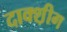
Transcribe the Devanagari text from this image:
दाक्श़ीग